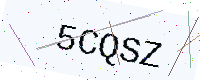
Text: 5CQSZ